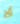
ألا